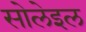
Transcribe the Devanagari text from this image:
सोलेइल